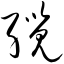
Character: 缆